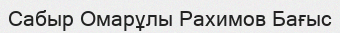
Сабыр Омарұлы Рахимов Бағыс